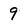
Character: 9